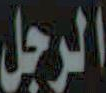
الرجل